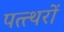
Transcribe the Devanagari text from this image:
पत्त्थरों